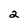
Character: 2